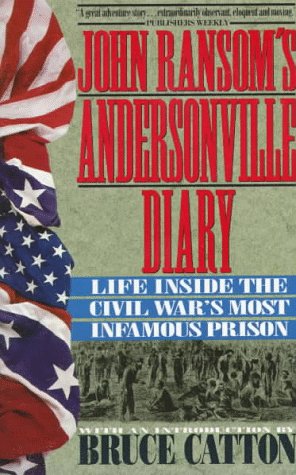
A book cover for John Ransom's Andersonville Diary: Life Inside the Civil War's Most Infamous Prison; John L. Ransom; History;